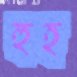
হুহ